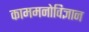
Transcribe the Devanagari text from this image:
काममनोविज्ञान